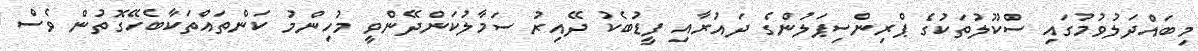
މިބައްދަލުވުމުގައި ސްކޫލުތަކުގެ ޕްރިންސިޕަލުންގެ ދައުރާއި ފީޑުބެކު ދޭއިރު ސަމާލުކަންދޭންވީ މުހިންމު ކަންތައްތަކާބެހޭގޮތުން ވެސް